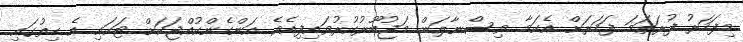
މިފަހަރު ފުރަތަމަ ފަހަރަށް އެކަމާ ވިސްނާލަން މަޖުބޫރުކުރުވައިފިއެވެ. އަންހެންކުއްޖަކަށް ޓަކައި އެ ހިތުގައި